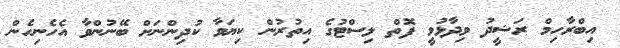
އިބްރާހިމް ރަޝީދު ވިދާޅުވީ ފޮތް ލިސްޓުގެ އިތުރުން ކިޔަވާ ކުދިންނަށް ބޭނުންވާ އެހެނިހެން